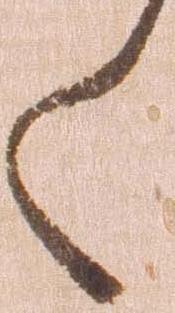
く